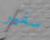
سفير